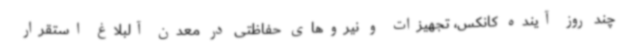
چند روز آینده کانکس، تجهیزات و نیروهای حفاظتی در معدن آلبلاغ استقرار